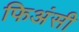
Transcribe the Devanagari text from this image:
फिअंसी